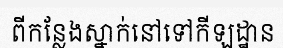
ពីកន្លែងស្នាក់នៅទៅកីឡដ្ឋាន